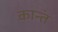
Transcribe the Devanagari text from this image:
कान्तं